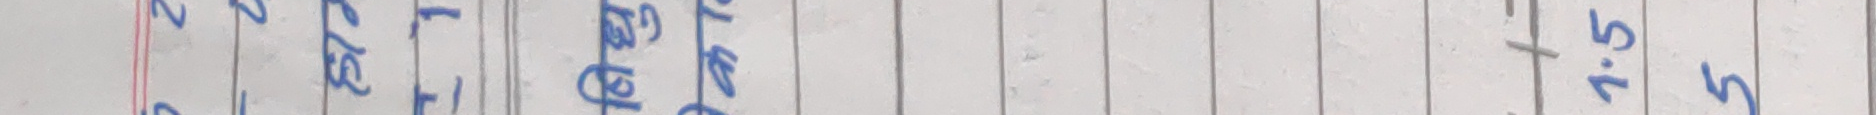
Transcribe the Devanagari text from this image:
१७५३